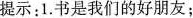
提示：1.书是我们的好朋友；